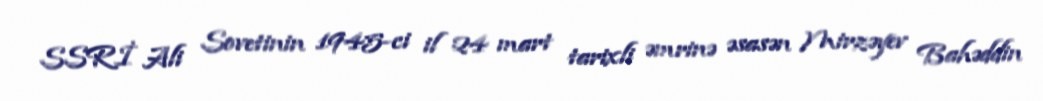
SSRİ Ali Sovetinin 1945-ci il 24 mart tarixli əmrinə əsasən Mirzəyev Bahəddin